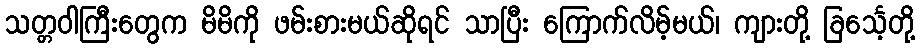
သတ္တဝါကြီးတွေက မိမိကို ဖမ်းစားမယ်ဆိုရင် သာပြီး ကြောက်လိမ့်မယ်၊ ကျားတို့ ခြင်္သေ့တို့